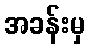
အခန်းမှ